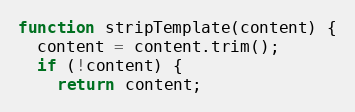
Language: JavaScript
function stripTemplate(content) {
  content = content.trim();
  if (!content) {
    return content;